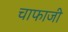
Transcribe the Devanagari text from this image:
चाफाजी